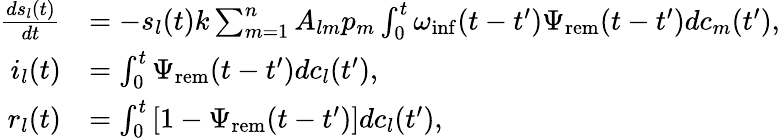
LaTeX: \begin{array}{rl}{\frac{ds_{l}(t)}{dt}}&{=-s_{l}(t)k\sum_{m=1}^{n}{A_{lm}p_{m}\int_{0}^{t}{\omega_{\mathrm{inf}}(t-t^{\prime})\Psi_{\mathrm{rem}}(t-t^{\prime})dc_{m}(t^{\prime})}},}\\ {i_{l}(t)}&{=\int_{0}^{t}{\Psi_{\mathrm{rem}}(t-t^{\prime})dc_{l}(t^{\prime})},}\\ {r_{l}(t)}&{=\int_{0}^{t}{[1-\Psi_{\mathrm{rem}}(t-t^{\prime})]dc_{l}(t^{\prime})},}\end{array}